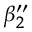
\beta _ { 2 } ^ { \prime \prime }